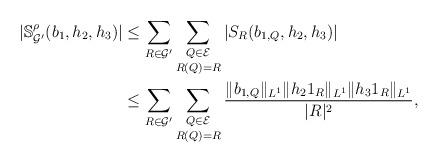
LaTeX: \begin{align*}|\mathbb{S}_{\mathcal{G}'}^\rho(b_1,h_2,h_3)|&\leq \sum_{R\in\mathcal{G}'} \mathop{\sum_{Q\in\mathcal{E}}}_{R(Q)=R} |S_R(b_{1,Q},h_2,h_3)| \\& \le \sum_{R\in\mathcal{G}'}\mathop{\sum_{Q\in\mathcal{E}}}_{R(Q)=R} \frac{\|b_{1,Q}\|_{L^1}\|h_2 1_R\|_{L^1}\|h_3 1_R\|_{L^1}}{|R|^2},\end{align*}